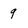
Character: 9